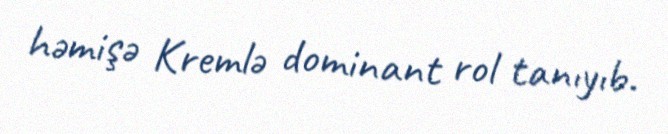
həmişə Kremlə dominant rol tanıyıb.